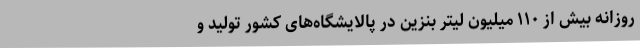
روزانه بیش از ۱۱۰ میلیون لیتر بنزین در پالایشگاه‌های کشور تولید و